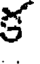
క